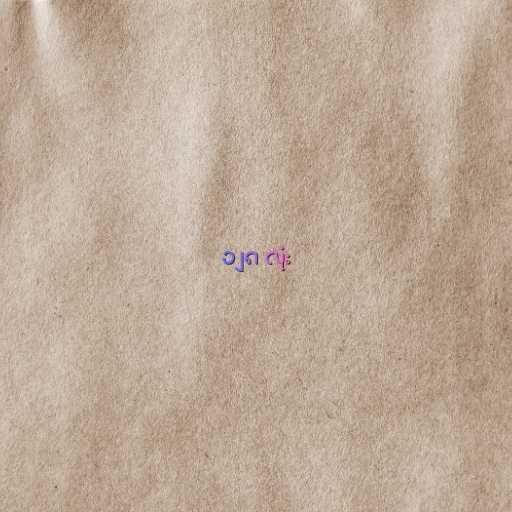
၁၂၈ လုံး